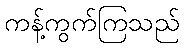
ကန့်ကွက်ကြသည်